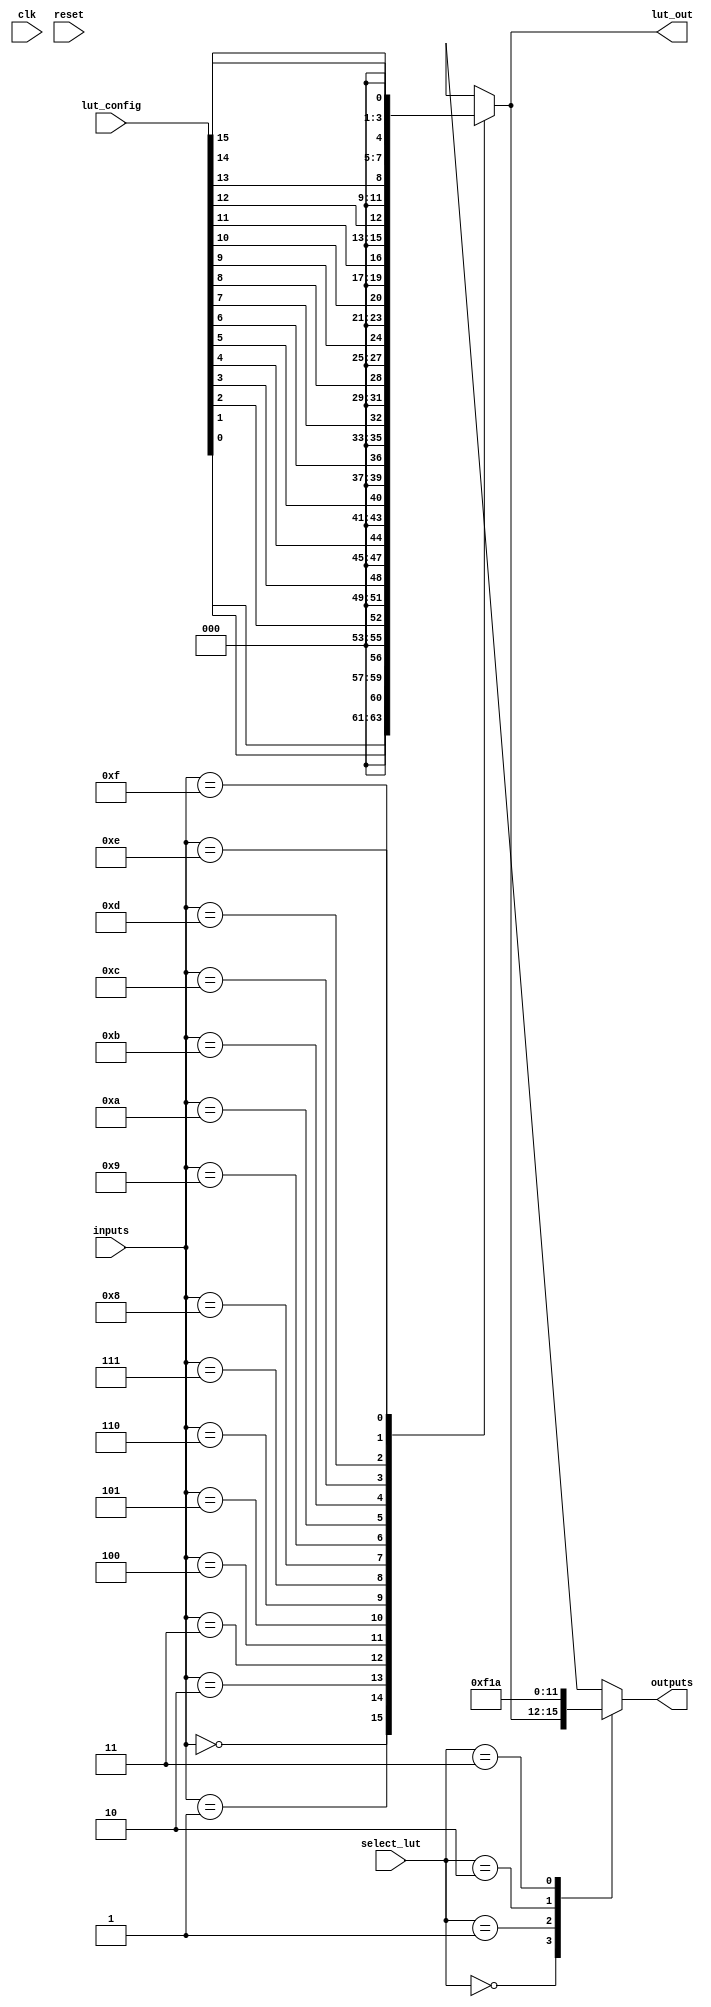
module ConfigurableLogicBlock (
    input wire [3:0] inputs,          // 4 input ports for LUT
    input wire [1:0] select_lut,      // Select signal for LUT output
    input wire clk,                    // Clock signal for flip-flops
    input wire reset,                  // Reset signal
    input wire [15:0] lut_config,      // Configuration for LUT (16 possible outputs)
    output reg [3:0] outputs,          // 4 output ports
    output reg [3:0] lut_out           // Output from LUT
);

// LUT implementation
always @(*) begin
    case (inputs)
        4'b0000: lut_out = lut_config[0];
        4'b0001: lut_out = lut_config[1];
        4'b0010: lut_out = lut_config[2];
        4'b0011: lut_out = lut_config[3];
        4'b0100: lut_out = lut_config[4];
        4'b0101: lut_out = lut_config[5];
        4'b0110: lut_out = lut_config[6];
        4'b0111: lut_out = lut_config[7];
        4'b1000: lut_out = lut_config[8];
        4'b1001: lut_out = lut_config[9];
        4'b1010: lut_out = lut_config[10];
        4'b1011: lut_out = lut_config[11];
        4'b1100: lut_out = lut_config[12];
        4'b1101: lut_out = lut_config[13];
        4'b1110: lut_out = lut_config[14];
        4'b1111: lut_out = lut_config[15];
        default: lut_out = 4'b0000; // Default case
    endcase
end

// Multiplexer to select between LUT outputs
always @(*) begin
    case (select_lut)
        2'b00: outputs = lut_out; // Output from LUT
        2'b01: outputs = 4'b1111;  // Example fixed output
        2'b10: outputs = 4'b0001;  // Example fixed output
        2'b11: outputs = 4'b1010;  // Example fixed output
        default: outputs = 4'b0000; // Default case
    endcase
end

// Optional Flip-Flops for storing intermediate results
reg [3:0] ff_out;

always @(posedge clk or posedge reset) begin
    if (reset) begin
        ff_out <= 4'b0000; // Reset flip-flops
    end else begin
        ff_out <= outputs;  // Store output in flip-flops
    end
end

endmodule